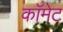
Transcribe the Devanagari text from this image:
काॅमेट